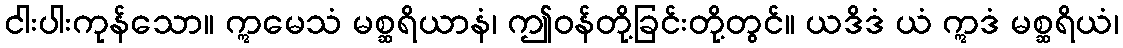
ငါးပါးကုန်သော။ ဣမေသံ မစ္ဆရိယာနံ၊ ဤဝန်တို့ခြင်းတို့တွင်။ ယဒိဒံ ယံ ဣဒံ မစ္ဆရိယံ၊